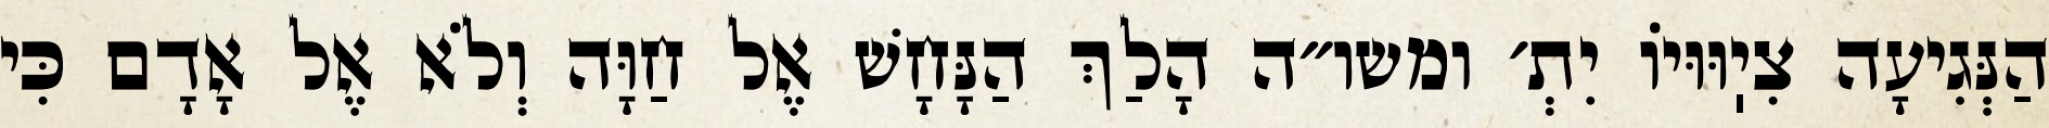
הַנְּגִיעָה צִיֽוּוּיוֹ יִתְ׳ ומשו״ה הָלַךְ הַנָּחָשׁ אֶל חַוָּה וְלֹא אֶל אָדָם כִּי